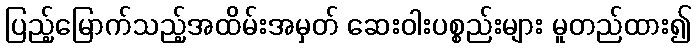
ပြည့်မြောက်သည့်အထိမ်းအမှတ် ဆေးဝါးပစ္စည်းများ မူတည်ထား၍